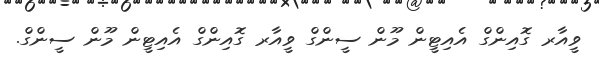
ވީއާރ ގޮއިންގް އެއިޓީން މޫން ސީންގް ވީއާރ ގޮއިންގް އެއިޓީން މޫން ސީންގް.